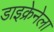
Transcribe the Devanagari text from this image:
डाइक्रेनेला